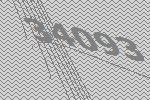
34093